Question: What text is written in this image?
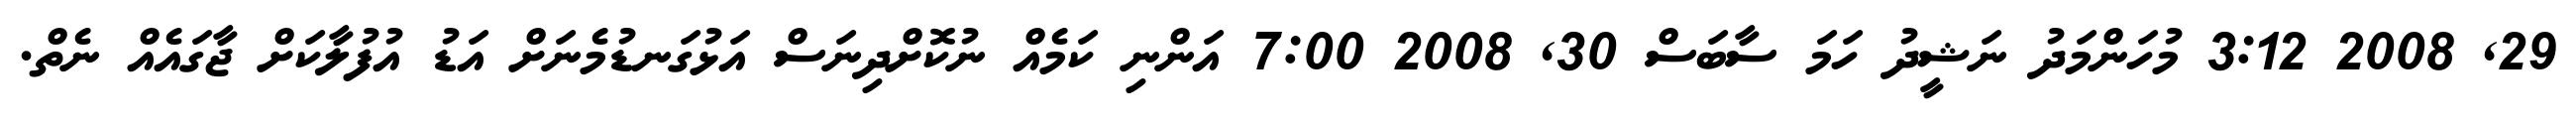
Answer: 29, 2008 3:12 މުހަންމަދު ނަޝީދު ހަމަ ސާބަސް 30, 2008 7:00 އަންނި ކަމެއް ނުކޮށްދިނަސް އަޅުގަނޑުމެނަށް އަޑު އުފުލާކަށް ޖާގައެއް ނެތް.